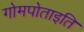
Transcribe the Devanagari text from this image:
गोमपोताइति